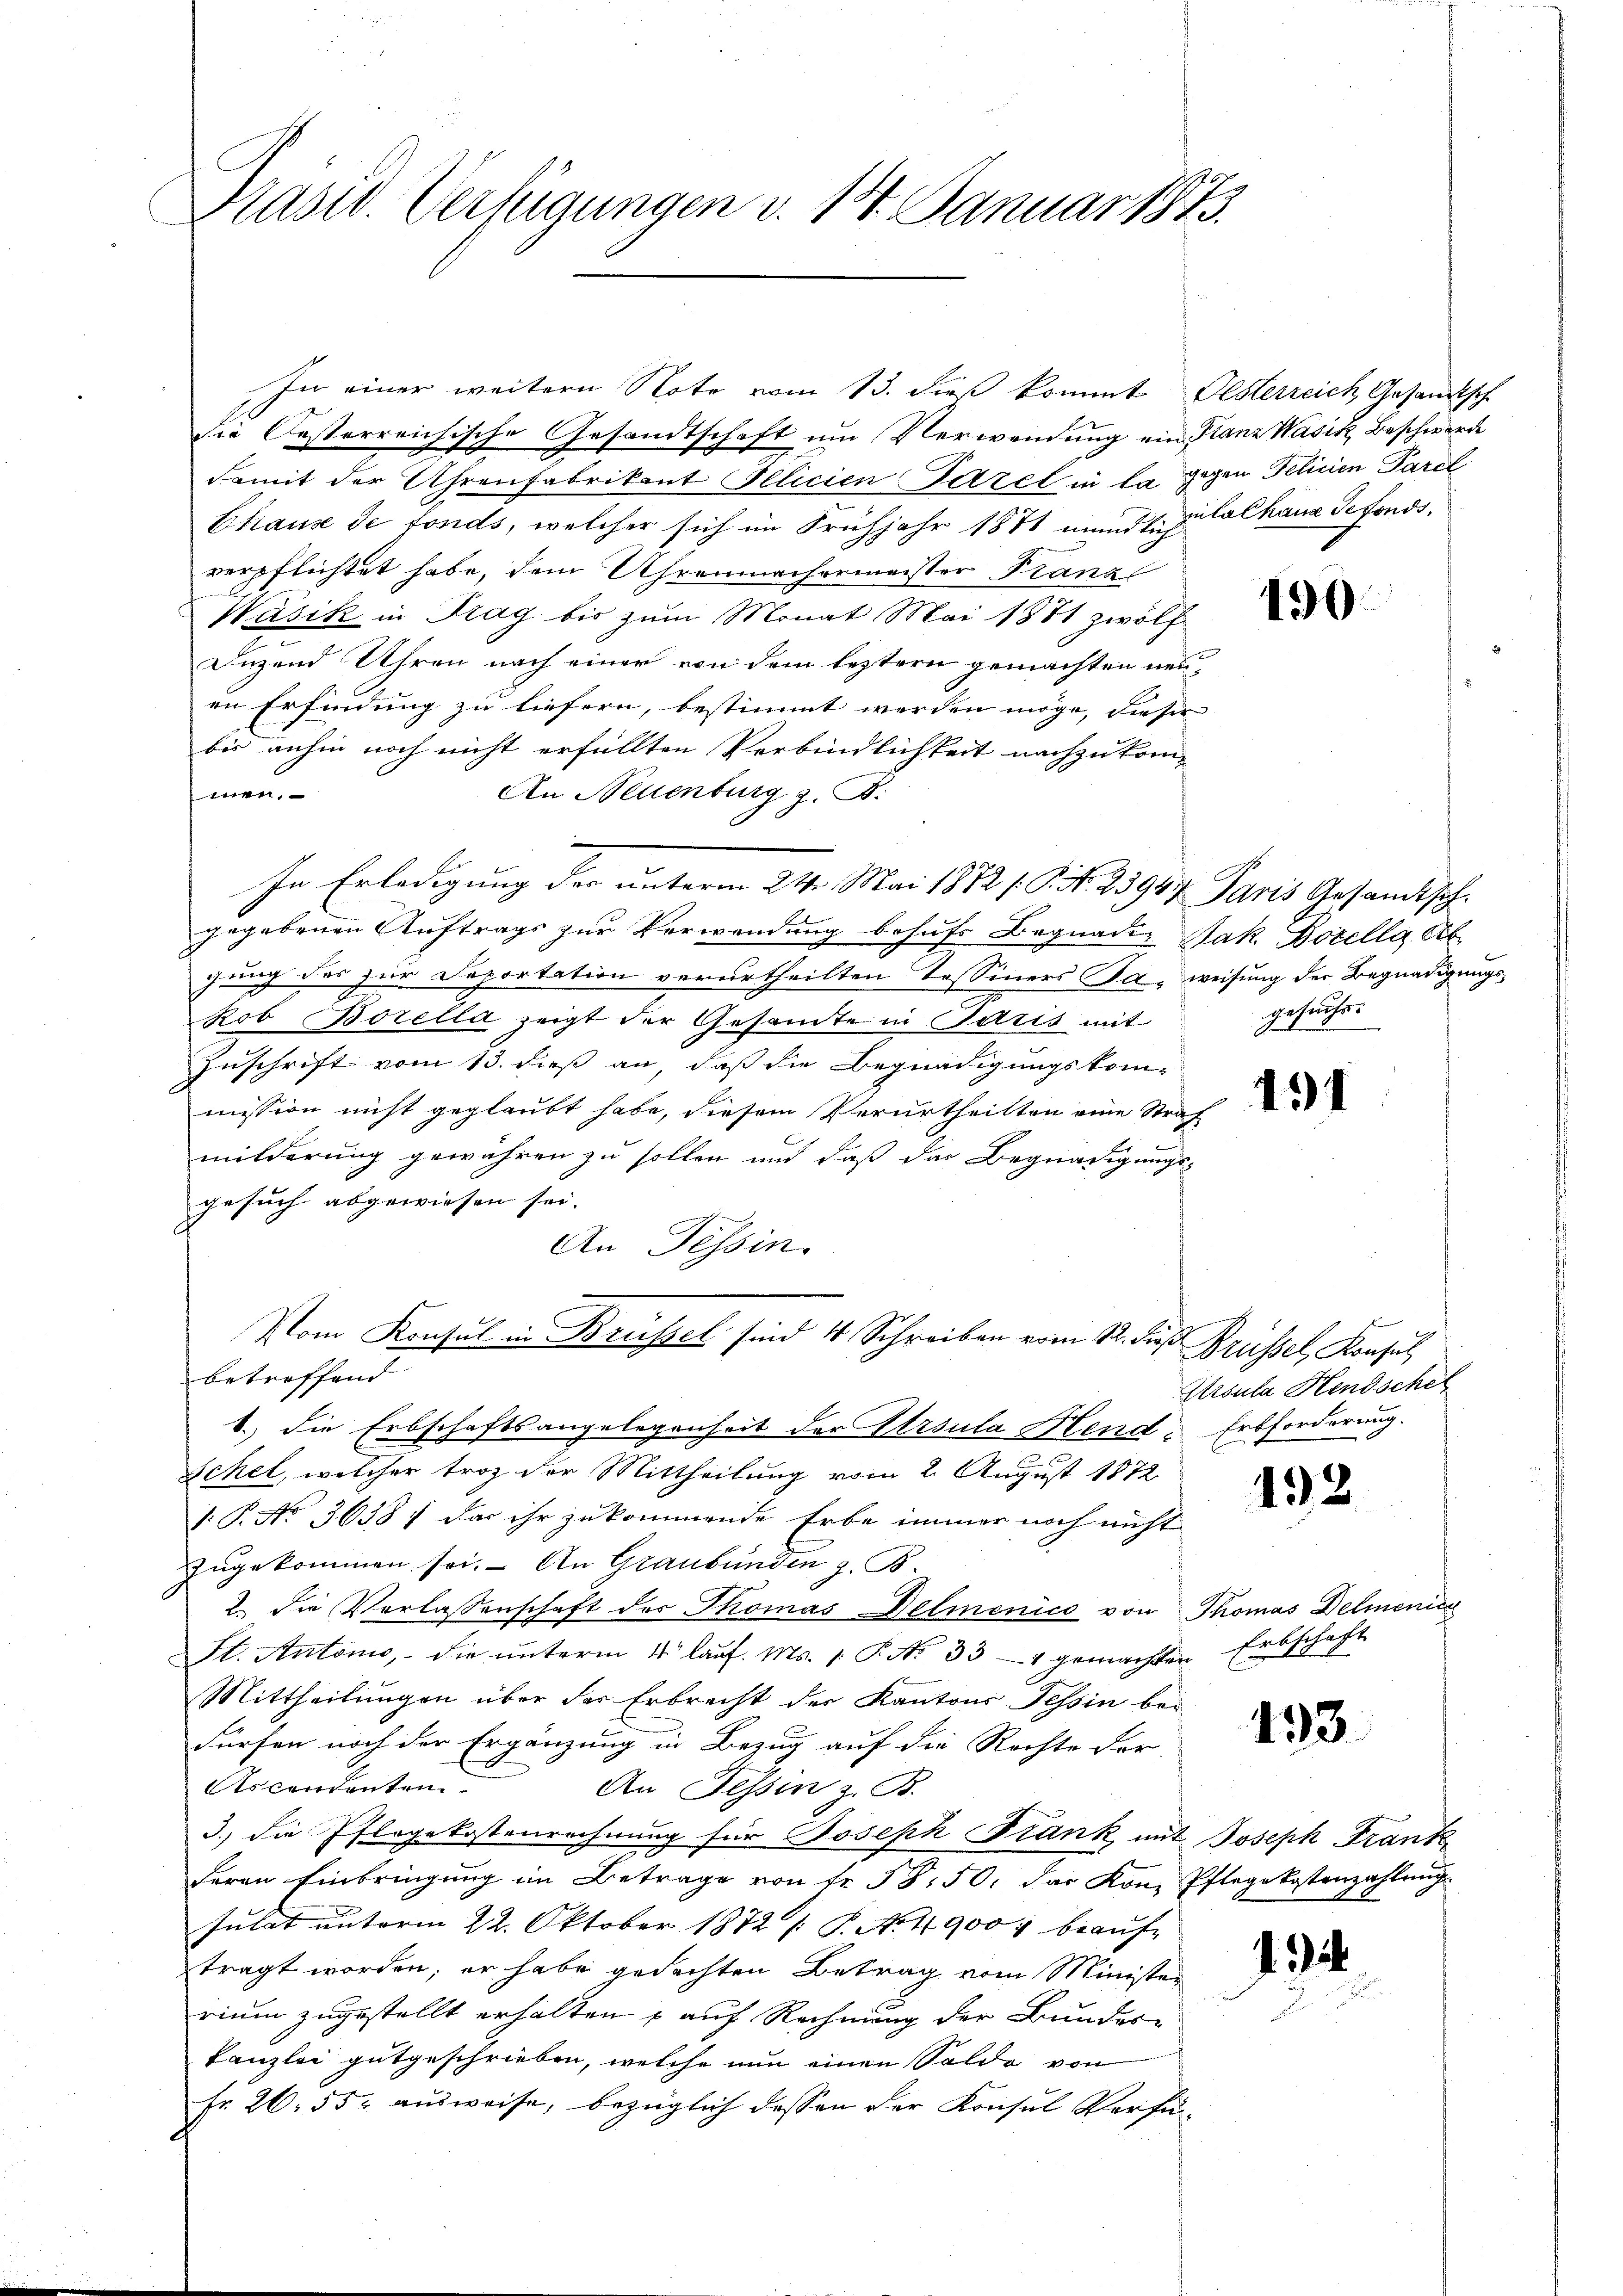
Prasw. Verfügungen v. 14. Januar 1873.

In einer weitere Note vom 13. dieß kommt Oesterreich Gesandtsch
die Oesterreichische Gesandtschaft um Verwendung ein Planz Wasik, Beschwerde
damit der Uhrenfabrikant Illicien Fazel in la gegen Felicien Parel
Chause de fonds, welcher sich im Frühjahr 1871 mündte zu lalhaus Gefonds,
verpflichtet habe, dem Uhrenmachermeister Franz
Wasik in Prag bis zum Monat Mai 1881 zwölf
Dizend Uhren nach einer von dem leztern gemachten neuin Erfindung zu liefern, bestimmt werden möge, dieser
bis anhin noch nicht erfüllten Verbindlichkeit nachzukom¬
An Neuenburg z. B.
men.
e
In Erledigung der unterm 24. Mai 1872 /.P. Nr. 23947 Paris Gesandtsch.
gegebenen Auftrags zur Verwendung behufs Begnader Jak. Docella, Ab-
gung des zur Seportation verurtheilten Tessiners Ja, weisung der Begnadigung
Rob Borella zeigt der Gesamte in Paris mit
Zuschrift vom 13. dieß an, daß die Begnadigungskom-
mission nicht geglaubt habe, diesem Verurtheilten eine Straf
milderung gewähren zu sollen und daß das Begnadigungs-
gesuch abgewiesen sei.
An Tessin.
Vom Konsul in Brüssel sind 4 Schreiben vom 12. dieß Brüssel, Konsul
betreffend
1.) Die Erbschaftsangelegenheit der Ursula Hend Erbforderung.
Schel, welcher troz der Mittheilung vom 2. August 1872
1. P. No 36387 das ihr zukommende Erbe immer noch nicht
zugekommen sei. An Graubünden z. B.
2. die Verlassenschaft der Thomas Delmenico von Thomas Delmenic
St. Antonio, die ŭnterm 11. laŭf. Ms. 1. P. Nr. 334 gemachten Erbschaft
Mittheilungen über der Erbrecht der Kantons Tessin bei
dürfen noch der Ergänzung in Bezug auf die Rechte For-
Ascendenten.
An Tessin z. B.
3.) die Pflegekostenrechnung für Joseph Frank mit Joseph Frank
feren Einbringŭng im Betrage von fr. 58. 50. das Kon, Pflegekostenzahlŭng.
sulat unterm 22. Oktober 1872 /: P. N. 4900. beaŭf-
tragt worden; er habe gedachten Betrag vom Minister
rium zugestellt erhalten u auf Rechnung der Bundes-
kanzlei gutgeschrieben, welche nun einen Saldo von
Fr. 26. 55. ausweise, bezüglich dessen der Konsul Verfü¬

190.

gesuchs.

131

x
Ursula Hendschet

132

433.

. i